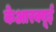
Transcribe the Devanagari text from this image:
केआरक्यूई